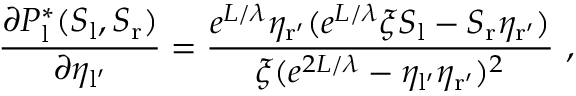
\frac { \partial P _ { \mathrm { l } } ^ { * } ( S _ { \mathrm { l } } , S _ { \mathrm { r } } ) } { \partial \eta _ { \mathrm { l ^ { \prime } } } } = \frac { e ^ { L / \lambda } \eta _ { \mathrm { r ^ { \prime } } } ( e ^ { L / \lambda } \xi S _ { \mathrm { l } } - S _ { \mathrm { r } } \eta _ { \mathrm { r ^ { \prime } } } ) } { \xi ( e ^ { 2 L / \lambda } - \eta _ { \mathrm { l ^ { \prime } } } \eta _ { \mathrm { r ^ { \prime } } } ) ^ { 2 } } \ ,